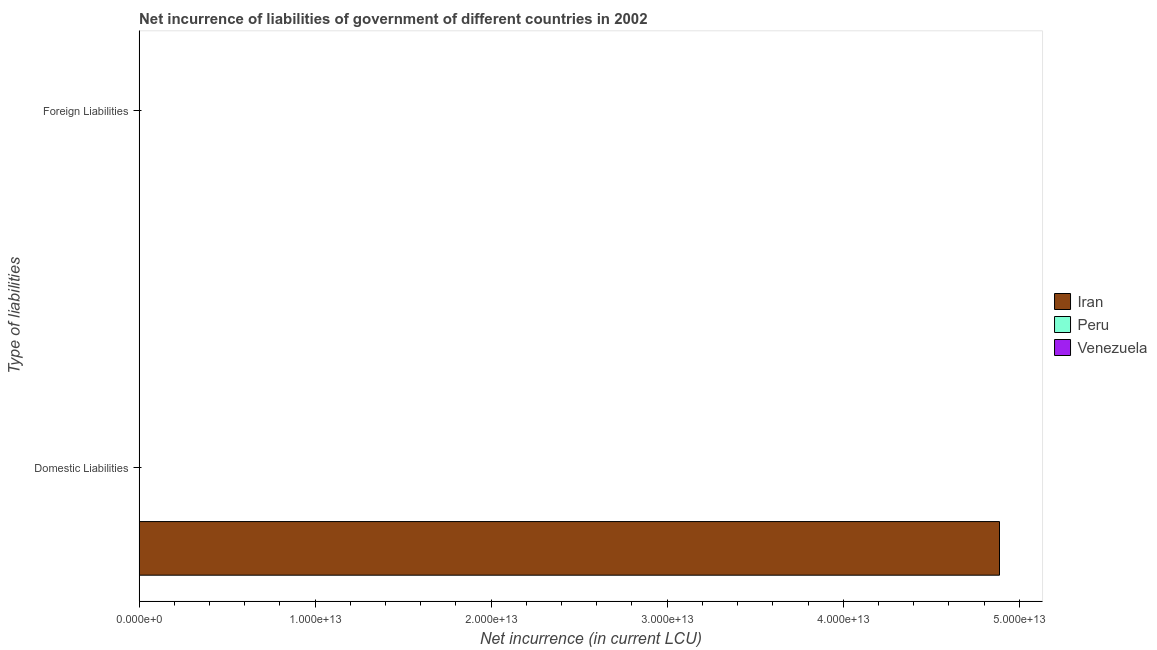
| Type of liabilities | Iran | Peru | Venezuela |
 | --- | --- | --- | --- |
 | Domestic Liabilities | 4.89e+13 | 7.33e+08 | 3.41e+09 |
 | Foreign Liabilities | -2e+13 | 1.02e+10 | -6.89e+08 |